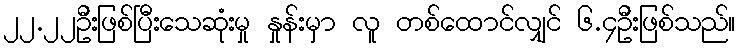
၂၂.၂၂ဦးဖြစ်ပြီးသေဆုံးမှု နှုန်းမှာ လူ တစ်ထောင်လျှင် ၆.၄ဦးဖြစ်သည်။